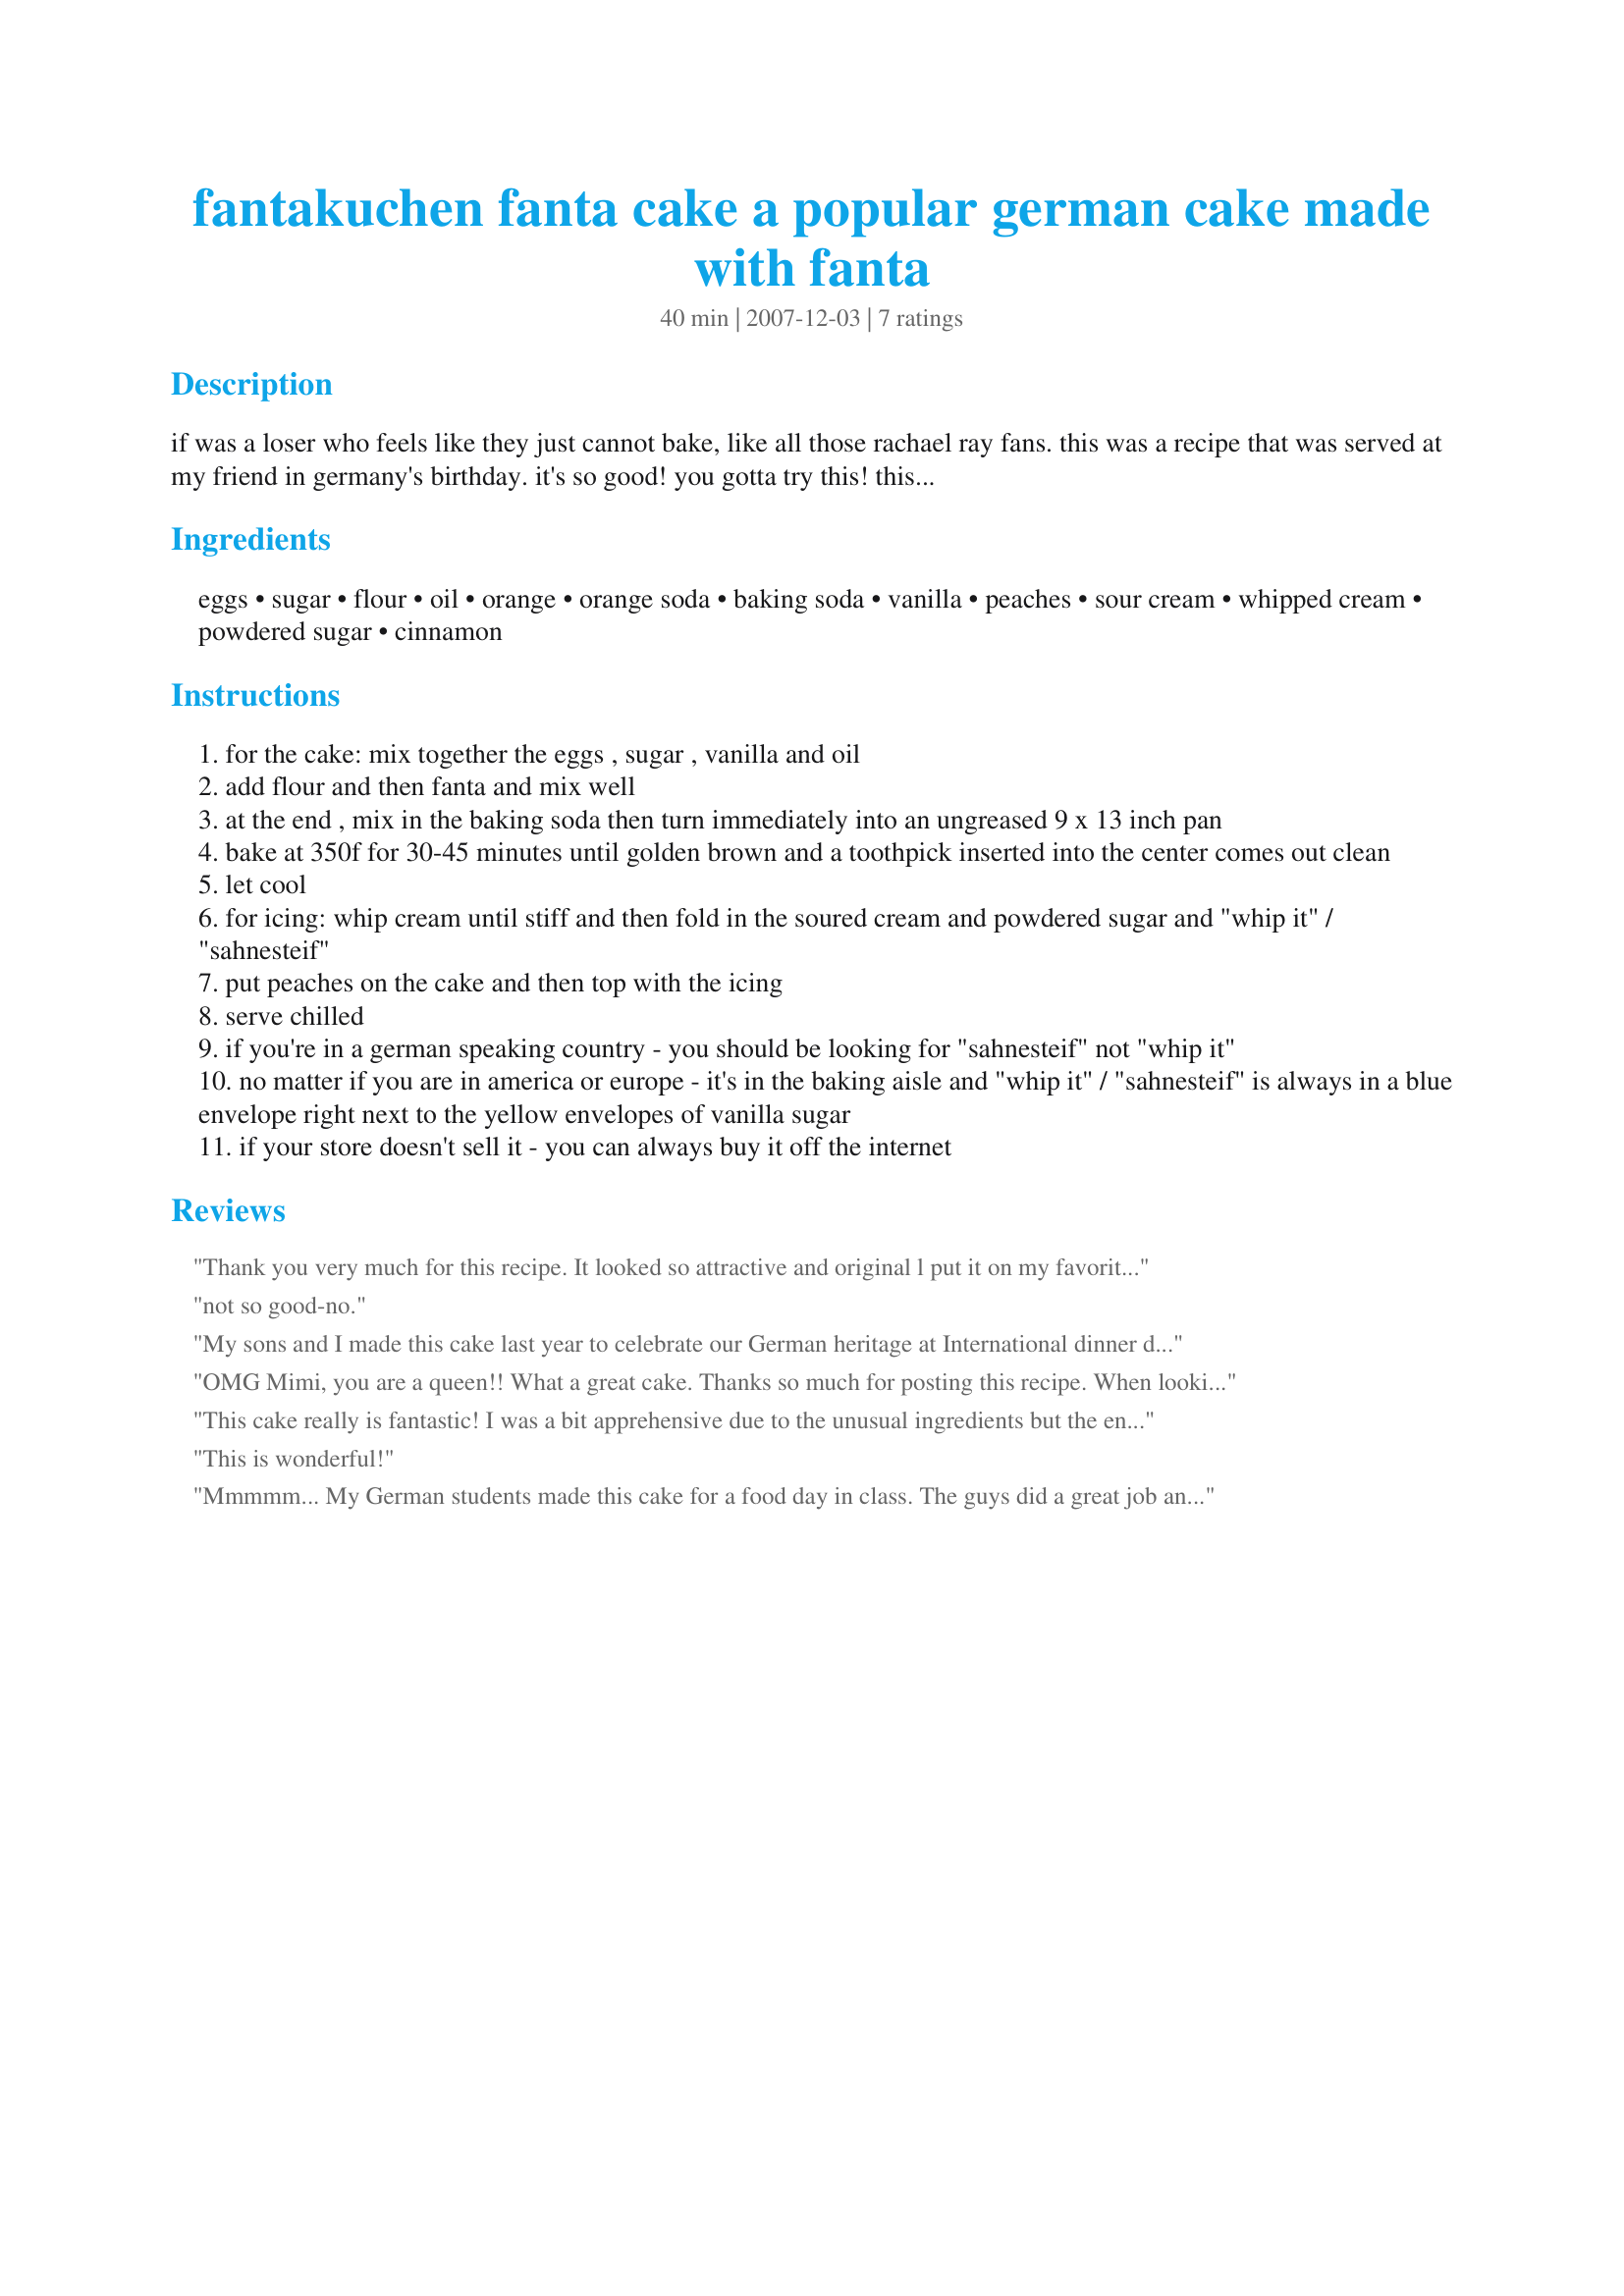
fantakuchen fanta cake a popular german cake made with fanta
Preparation time: 40 minutes

if was a loser who feels like they just cannot bake, like all those rachael ray fans. this was a recipe that was served at my friend in germany's birthday. it's so good! you gotta try this! this will be your new favourite cake! re: the picture of this recipe i submitted, i am very sorry that the only photo i have the cake is 1/2 eaten. we had just taken it out of the oven, and i went to get my friend's camera, (which only took 2 minutes) and that's what was left. there was a line of people trying to get a 2nd helping after they inhaled their first piece, and i had to ask them to "please wait - i really need to get a picture before it's all gone". so, that's what happened. sorry about that guys. it really looked so beautiful before people began to inhale it.

Ingredients:
eggs, sugar, flour, oil, orange, orange soda, baking soda, vanilla, peaches, sour cream, whipped cream, powdered sugar, cinnamon

Steps:
for the cake: mix together the eggs , sugar , vanilla and oil
add flour and then fanta and mix well
at the end , mix in the baking soda then turn immediately into an ungreased 9 x 13 inch pan
bake at 350f for 30-45 minutes until golden brown and a toothpick inserted into the center comes out clean
let cool
for icing: whip cream until stiff and then fold in the soured cream and powdered sugar and "whip it" / "sahnesteif"
put peaches on the cake and then top with the icing
serve chilled
if you're in a german speaking country - you should be looking for "sahnesteif" not "whip it"
no matter if you are in america or europe - it's in the baking aisle and "whip it" / "sahnesteif" is always in a blue envelope right next to the yellow envelopes of vanilla sugar
if your store doesn't sell it - you can always buy it off the internet

Reviews:
Thank you very much for this recipe. It looked so attractive and original l put it on my favorites untill l had the time or ocation to make. Im from portugal and here fanta is kind of scarce,sooo, l used Sumol instead.Thats the only change l made to the recipe, other then that l followed to the T. My son and husband are dying to eat it..(so am l) Thanks and keep posting these orignal recpies they are fantastic. (no pun intended)
not so good-no.
My sons and I made this cake last year to celebrate our German heritage at International dinner day for our church. It was a big hit and everyone loved it. We are planning to make it again this year. I wasn't to sure about an orange cake made with soda but it was FANTAstic!!!
OMG Mimi, you are a queen!! What a great cake. Thanks so much for posting this recipe. When looking for vanilla sugar I also found orange sugar and I may try that next time with a vanilla soda! Thanks again for a great dessert!
This cake really is fantastic! I was a bit apprehensive due to the unusual ingredients but the end result was flavourful and moist. Everyone who had some loved it. I made my own vanilla sugar rather than buying it with satisfactory results. Thanks for posting the recipe.
This is wonderful!
Mmmmm... My German students made this cake for a food day in class. The guys did a great job and the class loved the cake. Thanks for sharing!!
